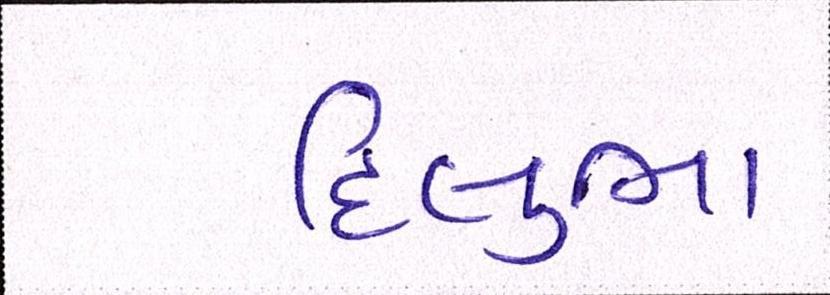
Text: દિલુભા